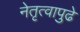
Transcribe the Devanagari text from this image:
नेतृत्वापुढे